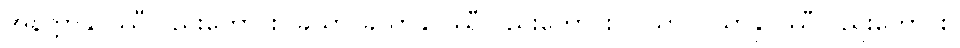
အနတ္တာနုပဿီလည်းကောင်း။ ခယာ၊ ခယာနုပဿီလည်းကောင်း။ ဝယာ၊ ဝယာနုပဿီလည်းကောင်း။